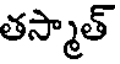
తస్మాత్